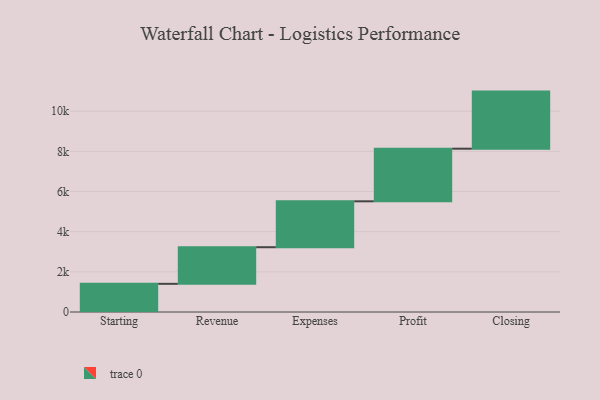
{"axis": {"x": "Step", "y": "Value"}, "legend": [""], "data": [{"x": "Starting", "y": 1403.0, "type": ""}, {"x": "Revenue", "y": 1823.0, "type": ""}, {"x": "Expenses", "y": 2286.0, "type": ""}, {"x": "Profit", "y": 2620.0, "type": ""}, {"x": "Closing", "y": 2843.0, "type": ""}]}